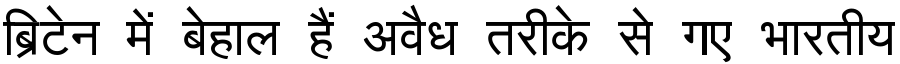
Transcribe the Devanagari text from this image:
ब्रिटेन में बेहाल हैं अवैध तरीके से गए भारतीय